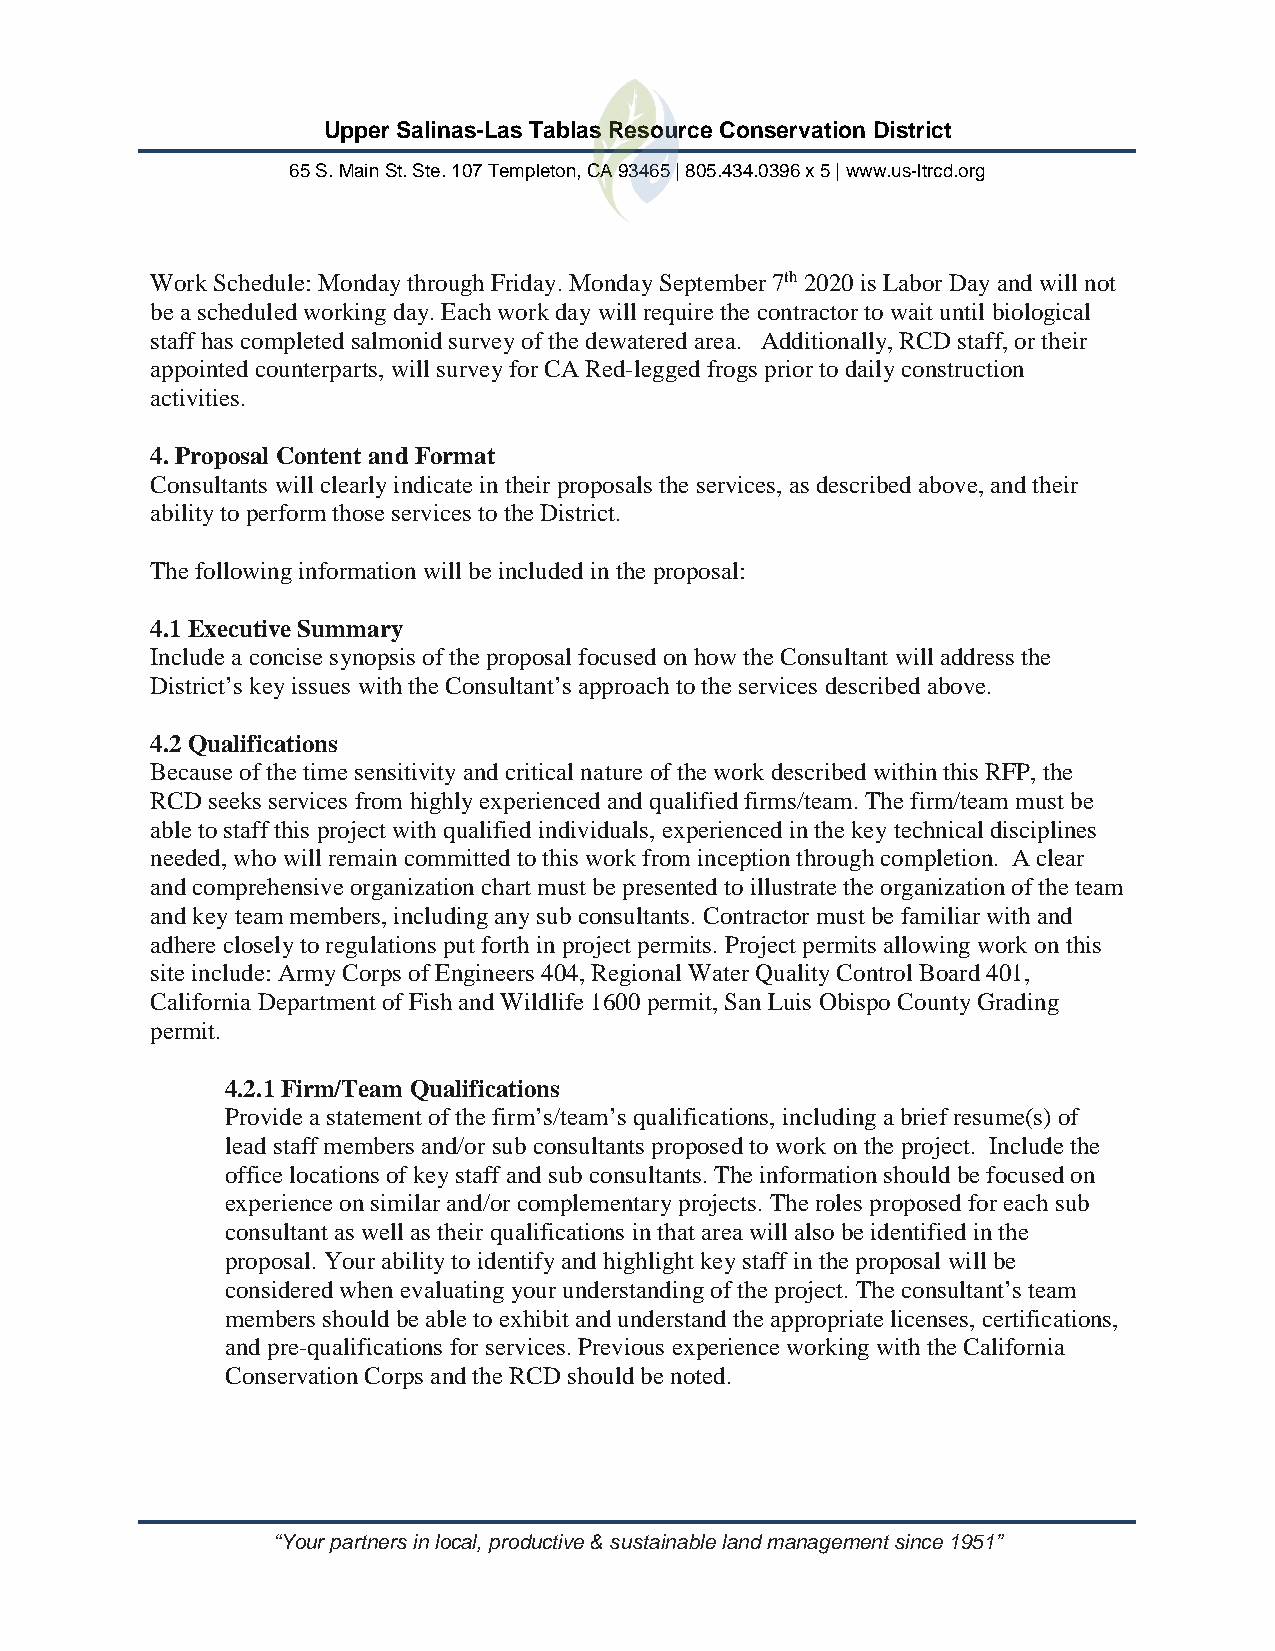
Upper Salinas-Las Tablas Resource Conservation District
 65 S. Main St. Ste. 107 Templeton, CA 93465 | 805.434.0396 x 5 | www.us-ltrcd.org
 Work Schedule: Monday through Friday. Monday September 7th 2020 is Labor Day and will not
 be a scheduled working day. Each work day will require the contractor to wait until biological
 staff has completed salmonid survey of the dewatered area. Additionally, RCD staff, or their
 appointed counterparts, will survey for CA Red-legged frogs prior to daily construction
 activities.
 4. Proposal Content and Format
 Consultants will clearly indicate in their proposals the services, as described above, and their
 ability to perform those services to the District.
 The following information will be included in the proposal:
 4.1 Executive Summary
 Include a concise synopsis of the proposal focused on how the Consultant will address the
 District’s key issues with the Consultant’s approach to the services described above.
 4.2 Qualifications
 Because of the time sensitivity and critical nature of the work described within this RFP, the
 RCD seeks services from highly experienced and qualified firms/team. The firm/team must be
 able to staff this project with qualified individuals, experienced in the key technical disciplines
 needed, who will remain committed to this work from inception through completion. A clear
 and comprehensive organization chart must be presented to illustrate the organization of the team
 and key team members, including any sub consultants. Contractor must be familiar with and
 adhere closely to regulations put forth in project permits. Project permits allowing work on this
 site include: Army Corps of Engineers 404, Regional Water Quality Control Board 401,
 California Department of Fish and Wildlife 1600 permit, San Luis Obispo County Grading
 permit.
 4.2.1 Firm/Team Qualifications
 Provide a statement of the firm’s/team’s qualifications, including a brief resume(s) of
 lead staff members and/or sub consultants proposed to work on the project. Include the
 office locations of key staff and sub consultants. The information should be focused on
 experience on similar and/or complementary projects. The roles proposed for each sub
 consultant as well as their qualifications in that area will also be identified in the
 proposal. Your ability to identify and highlight key staff in the proposal will be
 considered when evaluating your understanding of the project. The consultant’s team
 members should be able to exhibit and understand the appropriate licenses, certifications,
 and pre-qualifications for services. Previous experience working with the California
 Conservation Corps and the RCD should be noted.
 “Your partners in local, productive & sustainable land management since 1951”